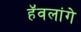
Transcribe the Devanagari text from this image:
हॅवलांगे